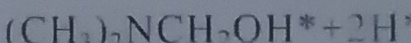
( C H _ { 2 } ) , N C H _ { 2 } O H \ast + 2 H